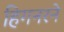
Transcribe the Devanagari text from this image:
हिगनरने